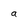
Character: a